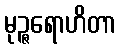
မုဉ္ဇရောဟိတာ